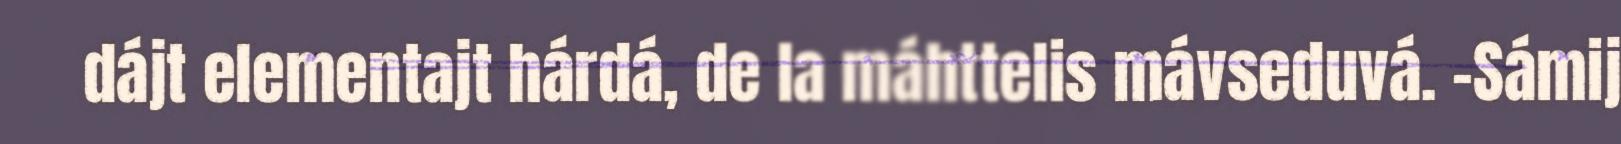
dájt elementajt hárdá, de la máhttelis mávseduvá. -Sámij